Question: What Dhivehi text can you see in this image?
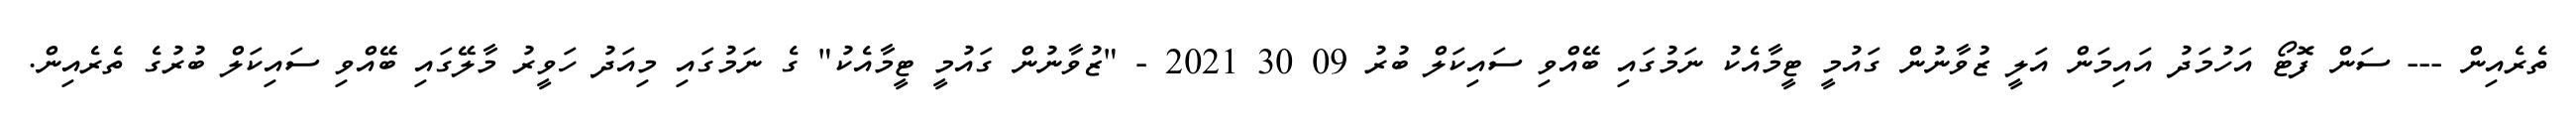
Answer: ތެރެއިން --- ސަން ފޮޓޯ އަހުމަދު އައިމަން އަލީ ޒުވާނުން ގައުމީ ޓީމާއެކު ނަމުގައި ބޭއްވި ސައިކަލް ބުރު 09 30 2021 - "ޒުވާނުން ގައުމީ ޓީމާއެކު" ގެ ނަމުގައި މިއަދު ހަވީރު މާލޭގައި ބޭއްވި ސައިކަލް ބުރުގެ ތެރެއިން.